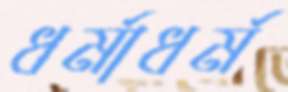
ধর্মাধর্ম